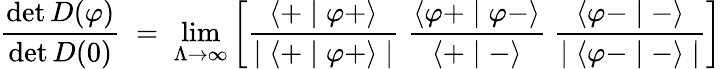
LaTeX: \frac{\operatorname*{det}D(\varphi)}{\operatorname*{det}D(0)}\; =\; \operatorname*{lim}_{\Lambda\to\infty}\left[\frac{\langle+\mid\varphi+\rangle}{\mid\langle+\mid\varphi+\rangle\mid}\; \frac{\langle\varphi+\mid\varphi-\rangle}{\langle+\mid-\rangle}\; \frac{\langle\varphi-\mid-\rangle}{\mid\langle\varphi-\mid-\rangle\mid}\right]